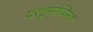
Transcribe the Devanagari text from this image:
परंतुमाध्यिमक